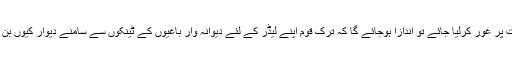
چند وجوہات پر غور کرلیا جائے تو اندازا ہوجائے گا کہ ترک قوم اپنے لیڈر کے لئے دیوانہ وار باغیوں کے ٹینکوں سے سامنے دیوار کیوں بن گئے تھے۔